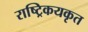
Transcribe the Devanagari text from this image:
राष्ट्रिकयकृत